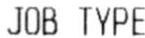
JOB TYPE